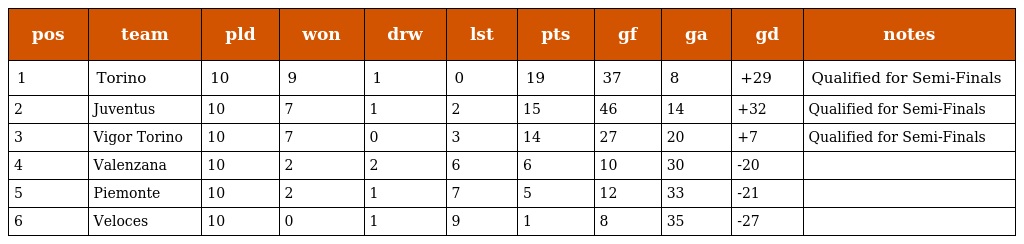
| pos | team | pld | won | drw | lst | pts | gf | ga | gd | notes |
 | --- | --- | --- | --- | --- | --- | --- | --- | --- | --- | --- |
 | 1 | Torino | 10 | 9 | 1 | 0 | 19 | 37 | 8 | +29 | Qualified for Semi-Finals |
 | 2 | Juventus | 10 | 7 | 1 | 2 | 15 | 46 | 14 | +32 | Qualified for Semi-Finals |
 | 3 | Vigor Torino | 10 | 7 | 0 | 3 | 14 | 27 | 20 | +7 | Qualified for Semi-Finals |
 | 4 | Valenzana | 10 | 2 | 2 | 6 | 6 | 10 | 30 | -20 |  |
 | 5 | Piemonte | 10 | 2 | 1 | 7 | 5 | 12 | 33 | -21 |  |
 | 6 | Veloces | 10 | 0 | 1 | 9 | 1 | 8 | 35 | -27 |  |